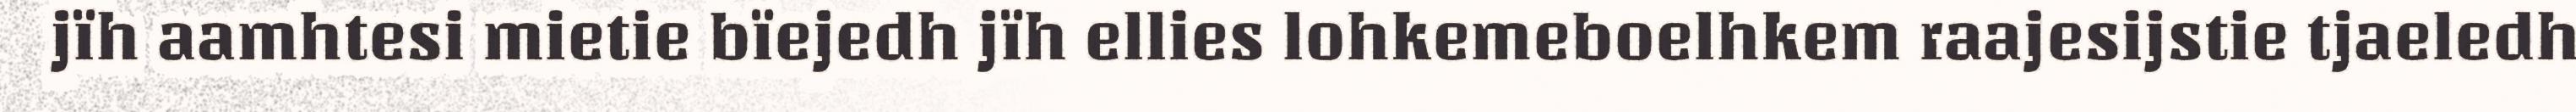
jïh aamhtesi mietie bïejedh jïh ellies lohkemeboelhkem raajesijstie tjaeledh